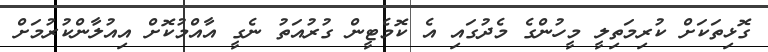
ގޮޅިތަކަށް ކުރިމަތިލީ މީހުންގެ މެދުގައި އެ ކޮމެޓީން ގުރުއަތު ނެގީ އާއްމުކޮށް އިއުލާންކުރުމަށް